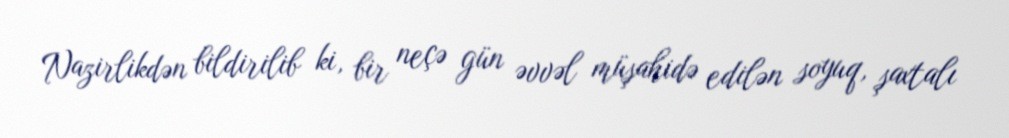
Nazirlikdən bildirilib ki, bir neçə gün əvvəl müşahidə edilən soyuq, şaxtalı